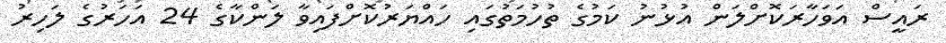
ރައީސް އަވަހާރަކޮށްލަން އުޅުނު ކަމުގެ ތުުހުމަތުގައި ހައްޔަރުކޮށްފައިވާ ލަންކާގެ 24 އަހަރުގެ ލަހިރު